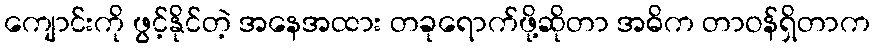
ကျောင်းကို ဖွင့်နိုင်တဲ့ အနေအထား တခုရောက်ဖို့ဆိုတာ အဓိက တာဝန်ရှိတာက